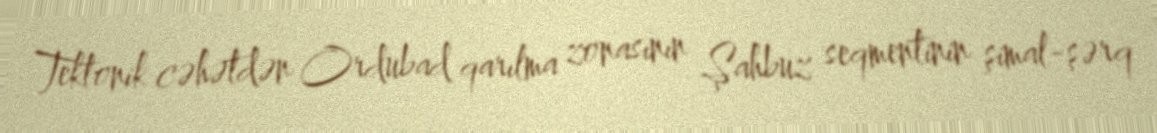
Tektonik cəhətdən Ordubad qarılma zonasının Şahbuz seqmentinin şimal-şərq